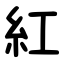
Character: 紅